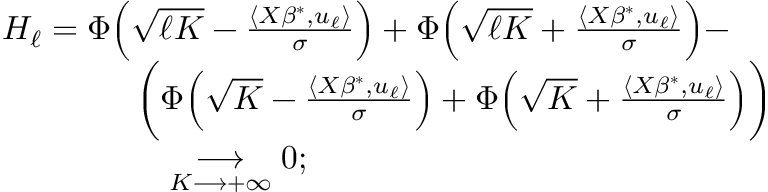
\begin{array} { r l } & { H _ { \ell } = \Phi \Big ( \sqrt { \ell K } - \frac { \langle X \beta ^ { * } , u _ { \ell } \rangle } { \sigma } \Big ) + \Phi \Big ( \sqrt { \ell K } + \frac { \langle X \beta ^ { * } , u _ { \ell } \rangle } { \sigma } \Big ) - } \\ & { \quad \quad \quad \quad \bigg ( \Phi \Big ( \sqrt { K } - \frac { \langle X \beta ^ { * } , u _ { \ell } \rangle } { \sigma } \Big ) + \Phi \Big ( \sqrt { K } + \frac { \langle X \beta ^ { * } , u _ { \ell } \rangle } { \sigma } \Big ) \bigg ) } \\ & { \quad \quad \quad \quad \quad \underset { K \longrightarrow + \infty } { \longrightarrow } 0 ; } \end{array}